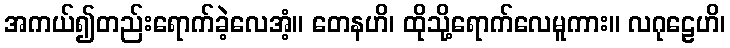
အကယ်၍တည်းရောက်ခဲ့လေအံ့။ တေနဟိ၊ ထိုသို့ရောက်လေမူကား။ လဂုဠေဟိ၊